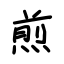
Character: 煎